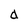
Character: d